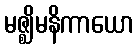
မဇ္ဈိမနိကာယော